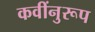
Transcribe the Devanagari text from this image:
कवींनुरूप